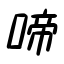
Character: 啼